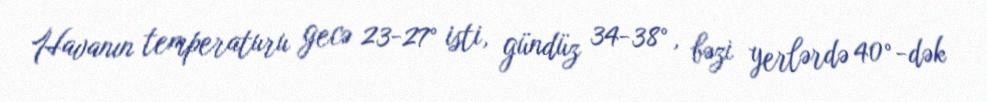
Havanın temperaturu gecə 23-27° isti, gündüz 34-38°, bəzi yerlərdə 40°-dək